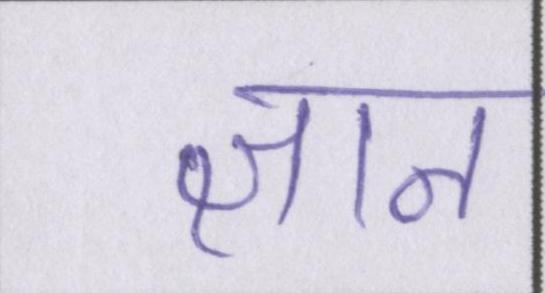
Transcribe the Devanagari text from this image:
ज्ञान